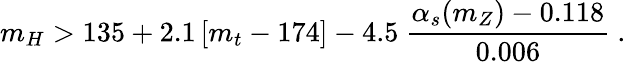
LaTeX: m_{H}>135+2.1\left[m_{t}-174\right]-4.5~\frac{\alpha_{s}(m_{Z})-0.118}{0.006}~.